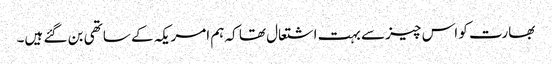
بھارت کو اس چیز سے بہت اشتعال تھا کہ ہم امریکہ کے ساتھی بن گئے ہیں۔